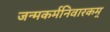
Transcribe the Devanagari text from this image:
जन्मकर्मनिवारकम्